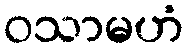
ဝသာမဟံ